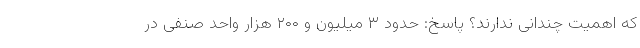
که اهمیت چندانی ندارند؟ پاسخ: حدود ۳ میلیون و ۲۰۰ هزار واحد صنفی در